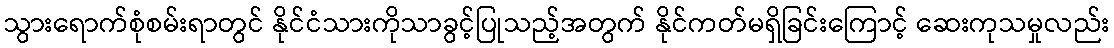
သွားရောက်စုံစမ်းရာတွင် နိုင်ငံသားကိုသာခွင့်ပြုသည့်အတွက် နိုင်ကတ်မရှိခြင်းကြောင့် ဆေးကုသမှုလည်း